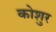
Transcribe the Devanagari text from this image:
कोशुर